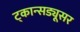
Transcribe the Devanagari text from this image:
ट्कान्सड्यूसर